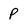
Character: p